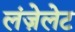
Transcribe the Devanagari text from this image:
लंज़ेलेट